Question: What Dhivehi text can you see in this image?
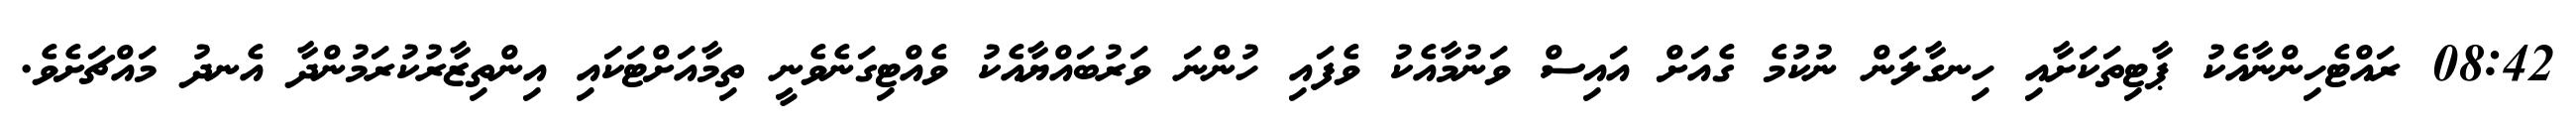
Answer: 08:42 ރައްޓެހިންނާއެކު ޕާޓިތަކަށާއި ހިނގާލަން ނުކުމެ ގެއަށް އައިސް ވަނުމާއެކު ވެފައި ހުންނަ ވަރުބައްޔާއެކު ވެއްޓިގަނެވެނީ ތިމާއަށްޓަކައި އިންތިޒާރުކުރަމުންދާ އެނދު މައްޗަށެވެ.